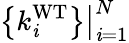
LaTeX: \left\{ k_{\mathit{i}}^{\mathrm{{WT}}}\right\} \big|_{\mathit{i}=1}^{N}